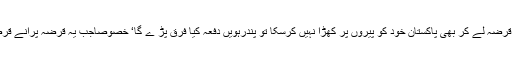
سوال وہیں موجود ہے کہ اگر چودہ دفعہ قرضہ لے کر بھی پاکستان خود کو پیروں پر کھڑا نہیں کرسکا تو پندرہویں دفعہ کیا فرق پڑ ے گا‘ خصوصاًجب یہ قرضہ پرانے قرضے واپس کرنے کے لیے لیا جانا ہے ؟